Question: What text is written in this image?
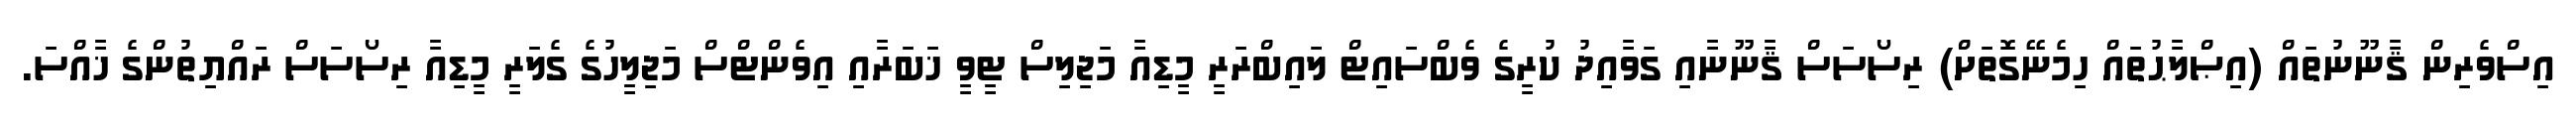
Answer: އިސްވެރިން ޤާނޫނުތައް (އިޞްލާޙުތައް ހިމެނޭގޮތަށް) ރިސޯސަސް ޤާނޫނާއި ގަވާއިދު ކުރީގެ ވެބްސައިޓް ލައިބްރަރީ މީޑިއާ މަޖިލިސް ޓީވީ ޚަބަރާއި އިވެންޓްސް މަޖިލީހުގެ ގެލަރީ މީޑިއާ ރިސޯސަސް ރައްޔިތުންގެ ޚާއްސަ.